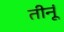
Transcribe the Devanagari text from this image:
तीनूं